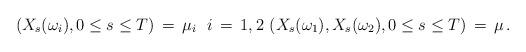
LaTeX: \begin{align*}\, ( X_{s} (\omega_{i}) , 0 \le s \le T ) \, =\, \mu_{i}\, \, \, \,i \, =\, 1, 2\, \, ( X_{s}(\omega_{1}), X_{s}(\omega_{2}), 0 \le s \le T ) \, =\, \mu \,.\end{align*}